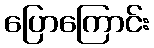
ပြောကြောင်း